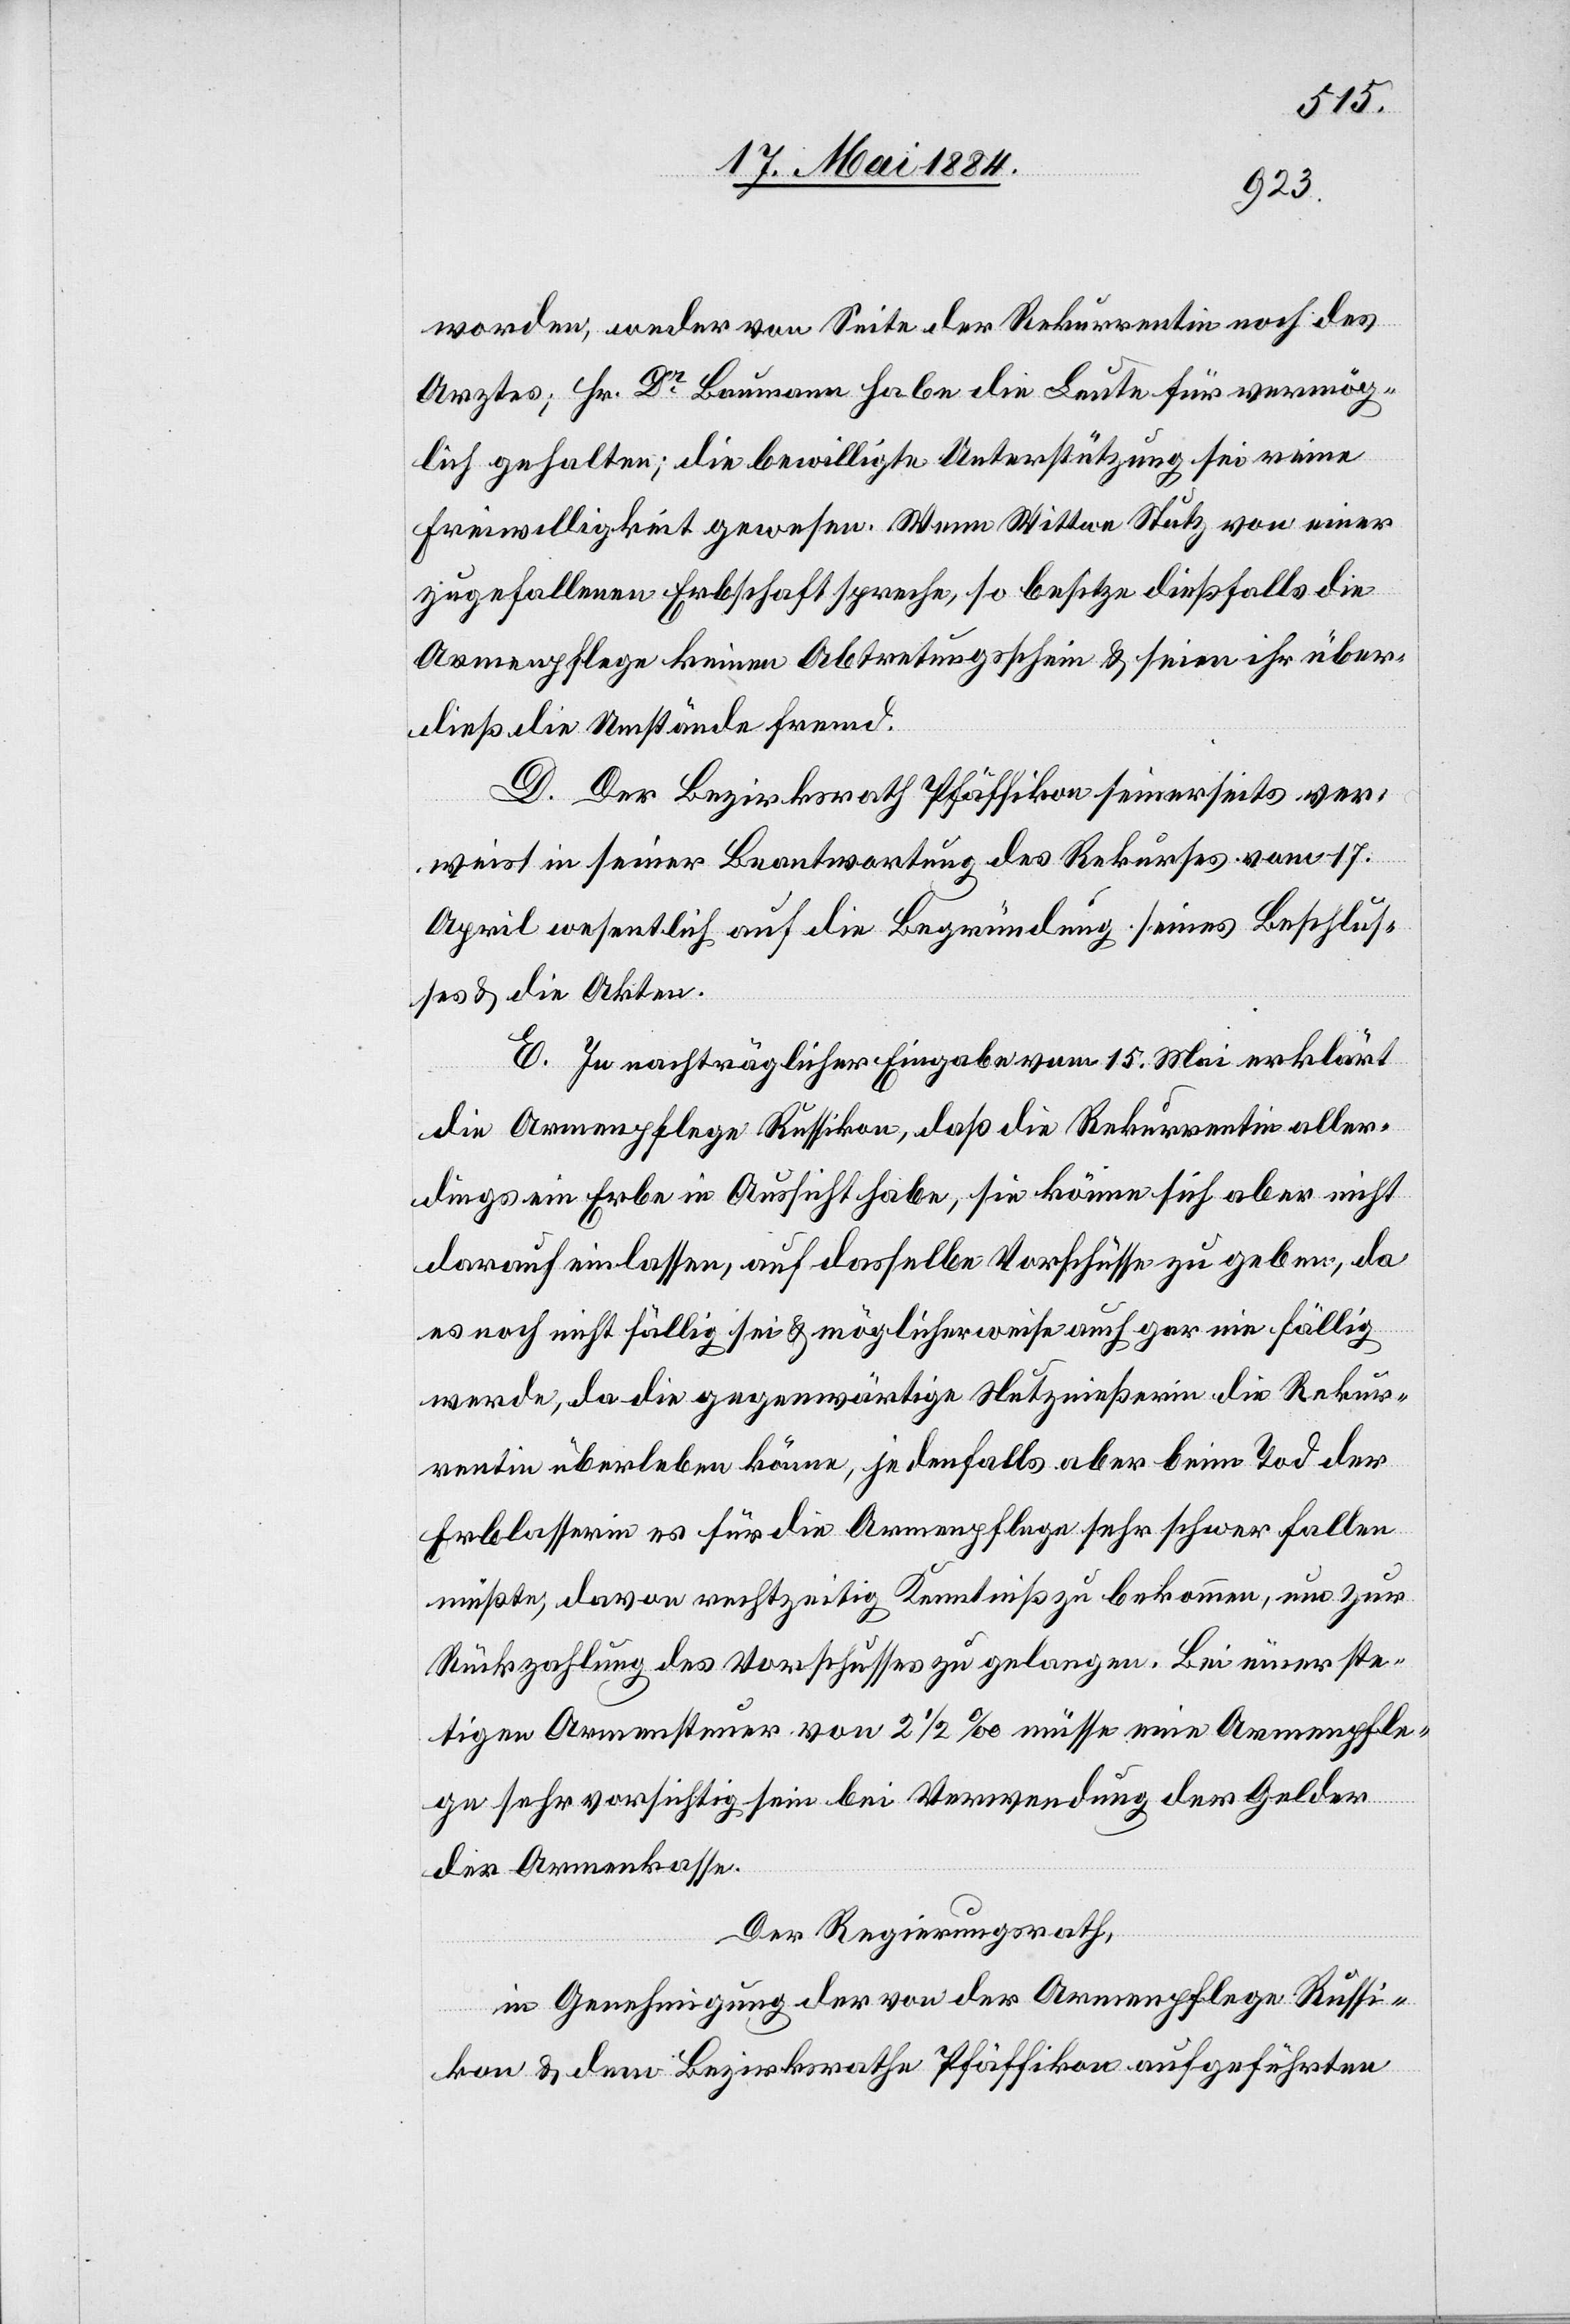
worden, weder von Seite der Rekurrentin noch des
Arztes; Hr. Dr Baumann habe die Leute vermög¬
lich gehalten; die bewilligte Unterstützung sei reine
Freiwilligkeit gewesen. Wenn Wittwe Stutz von einer
zugefallenen Erbschaft spreche, so besitze dießfalls die
Armenpflege keinen Abtretungsschein & seien ihr über¬
dieß die Umstände fremd.
D. Der Bezirksrath Pfäffikon seinerseits ver¬
weist in seiner Beantwortung des Rekurses vom 17.
April wesentlich auf die Begründung seines Beschlus¬
ses & die Akten.
E. In nachträglicher Eingabe vom 15. Mai erklärt
die Armenpflege Russikon, daß die Rekurrentin aller¬
dings ein Erbe in Aussicht habe, sie könne sich aber nicht
darauf einlassen, auf dasselbe Vorschüsse zu geben, da
es noch nicht fällig sei & möglicherweise auch gar nie fällig
werde, da die gegenwärtige Nutznießerin die Rekur¬
rentin überleben könne, jedenfalls aber beim Tod der
Erblasserin es für die Armenpflege sehr schwer fallen
müßte, davon rechtzeitig Kenntniß zu bekommen, um zur
Rückzahlung des Vorschusses zu gelangen. Bei einer ste¬
tigen Armensteuer von 2 1/2‰ müsse eine Armenpfle¬
ge sehr vorsichtig sein bei Verwendung der Gelder
der Armenkasse.
Der Regierungsrath,
in Genehmigung der von der Armenpflege Russi¬
kon & dem Bezirksrathe Pfäffikon aufgeführten